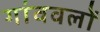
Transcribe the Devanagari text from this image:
गांववलों